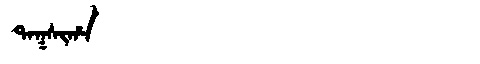
Manchu: ᡨᠠᡴᠰᡳᡥᠠ
Romanization: TAKSIHA